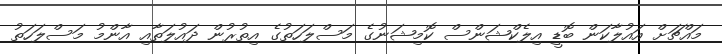
މައްޗަށް އައުލާކަން ބޮޑީ އިލެކްޝަންސް ކޮމިޝަނުގެ މަސްލަހަތުގެ އިތުރުން ދައުލަތާއި އާންމު މަސްލަހަތު